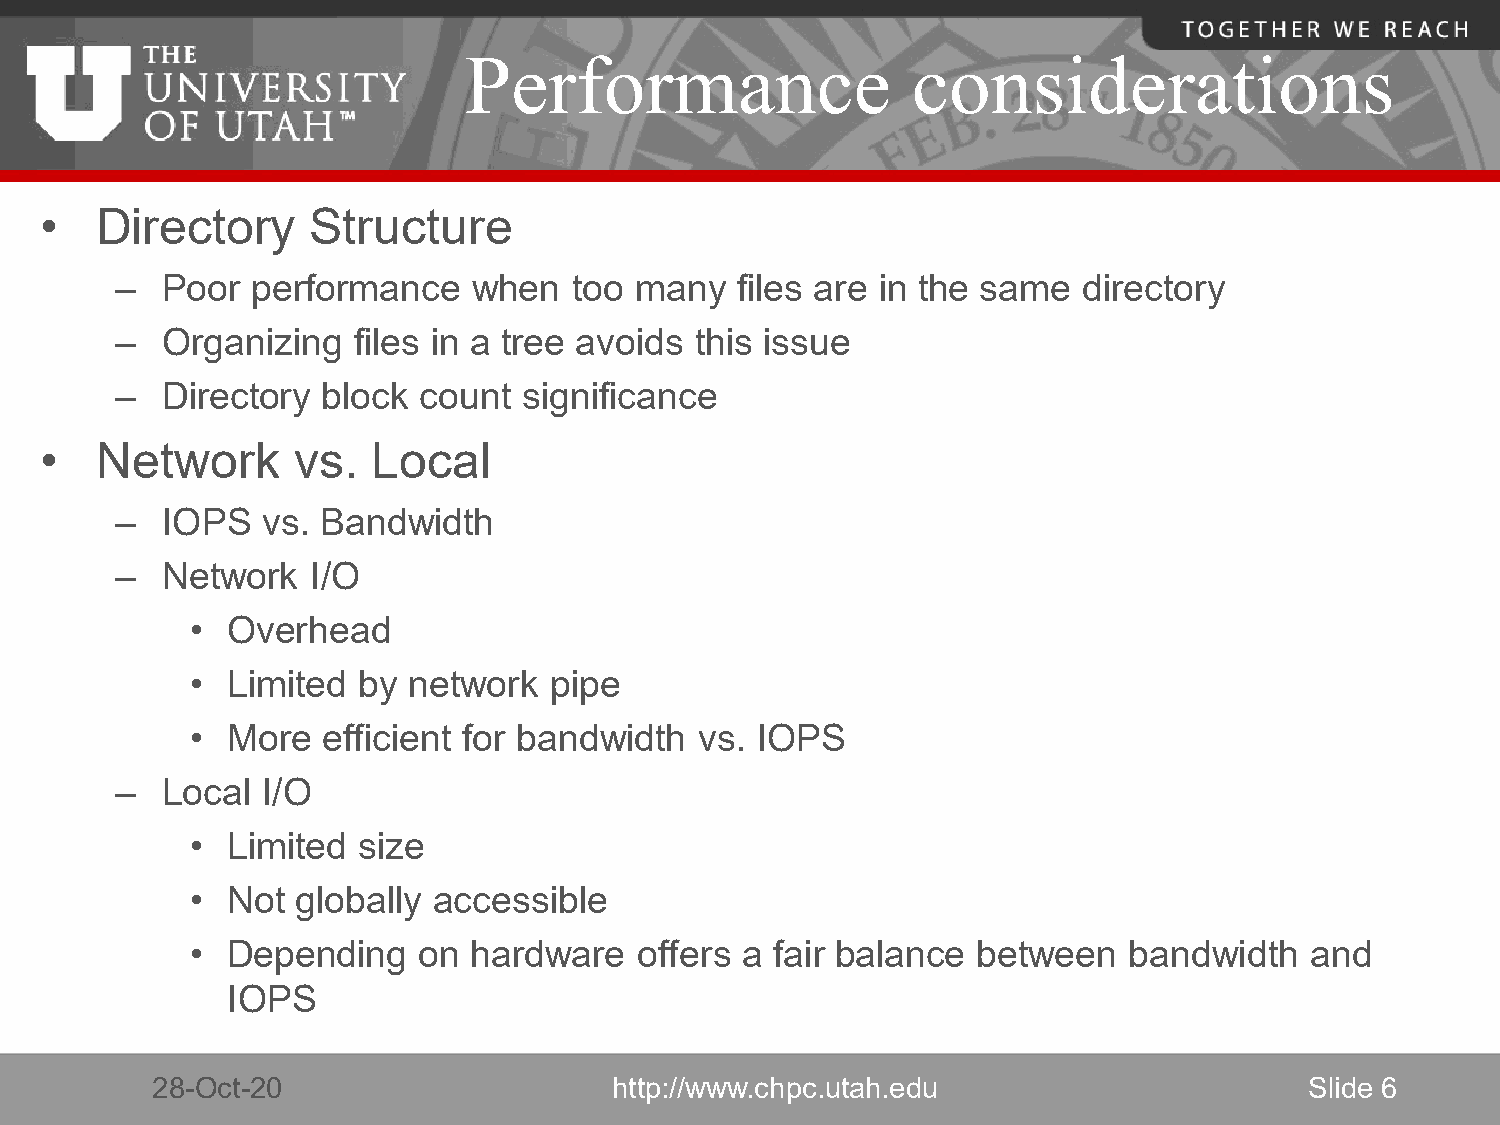
Performance                  considerations
 •  Directory      Structure
 –  Poor  performance   when   too many   files are in the same  directory
 –  Organizing  files in a tree avoids this issue
 –  Directory block  count  significance
 •  Network      vs.   Local
 –  IOPS  vs. Bandwidth
 –  Network   I/O
 • Overhead
 • Limited  by network  pipe
 • More  efficient for bandwidth  vs. IOPS
 –  Local I/O
 • Limited  size
 • Not  globally accessible
 • Depending    on hardware   offers a fair balance  between   bandwidth   and
 IOPS
 28-Oct-20                      http://www.chpc.utah.edu                      Slide 6